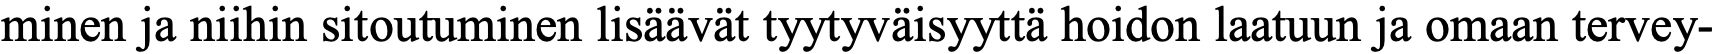
minen ja niihin sitoutuminen lisäävät tyytyväisyyttä hoidon laatuun ja omaan tervey-